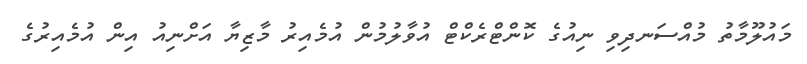
މައުލޫމާތު މުއްސަނދިވި ނިއުގެ ކޮންޓްރެކްޓް އުވާލުމުން އުމެެއިރު މާޒިޔާ އަށްނިއު އިން އުމެއިރުގެ